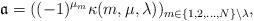
LaTeX: \begin{align*}\mathfrak{a} = ((-1)^{\mu_m}\kappa(m,\mu,\lambda))_{m \in \lbrace 1,2,\dots,N\rbrace \setminus \lambda},\end{align*}